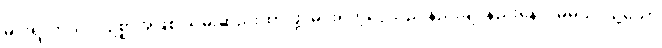
မင်းရဲ့ ကိုယ်ပိုင်ဥစ္စာအဖြစ် သိမ်းဆည်းထားဖို့၊ မင်းရတဲ့ငွေသည် နည်းချင်နည်းနေလိမ့်မယ်၊ သို့သော်